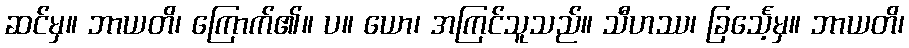
ဆင်မှ။ ဘာယတိ၊ ကြောက်၏။ ပ။ ယော၊ အကြင်သူသည်။ သီဟဿ၊ ခြင်္သေ့မှ။ ဘာယတိ၊